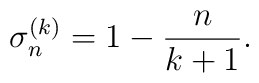
\sigma_n^{(k)} = 1 - \frac{n}{k+1}.